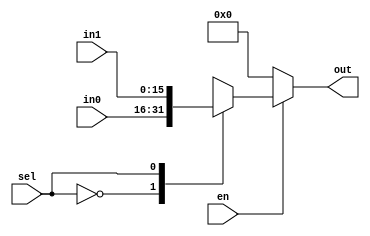
`timescale 1ns/1ps

//
module mux_2(
  input en,
  input [15:0]in0,
  input [15:0]in1,
  input  sel,

  output reg[15:0] out);
  always@(sel or en or in0 or in1 )
  begin
    if(!en)out <=16'd0;
    else
      case(sel)
       0:out <= in0;
       1:out <= in1;
       default:out <=16'd0; 
      endcase
  end
endmodule